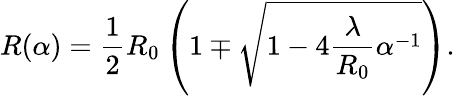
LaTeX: R(\alpha)=\frac{1}{2}R_{0}\left(1\mp\sqrt{1-4\frac{\lambda}{R_{0}}\alpha^{-1}}\right).